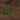
خط